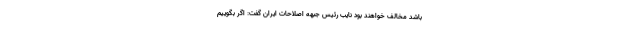
باشد مخالف خواهند بود نایب رئیس جبهه اصلاحات ایران گفت: اگر بگوییم